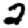
Digit: 2